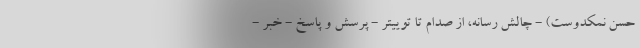
حسن نمکدوست) - چالش رسانه، از صدام تا توییتر - پرسش و پاسخ - خبر -